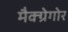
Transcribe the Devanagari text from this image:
मैक्ग्रेगोर